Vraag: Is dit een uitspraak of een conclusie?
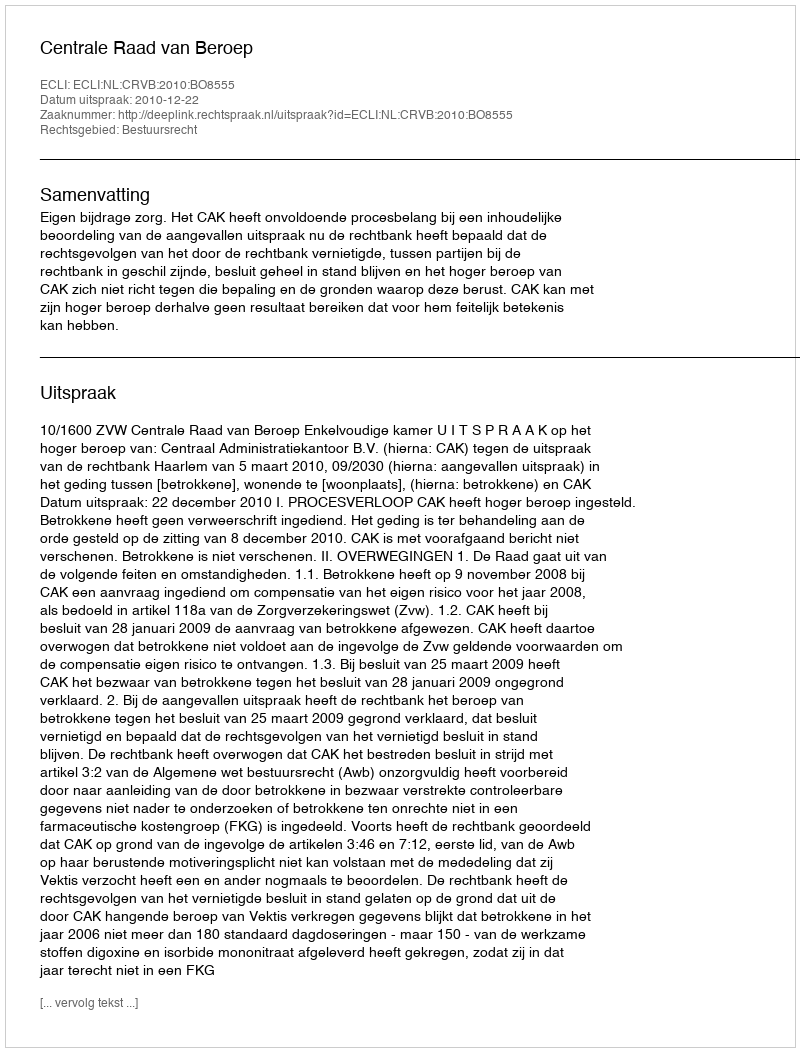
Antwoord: Uitspraak